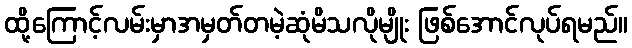
ထို့ကြောင့်လမ်းမှာအမှတ်တမဲ့ဆုံမိသလိုမျိုး ဖြစ်အောင်လုပ်ရမည်။